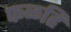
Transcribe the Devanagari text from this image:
फळहि